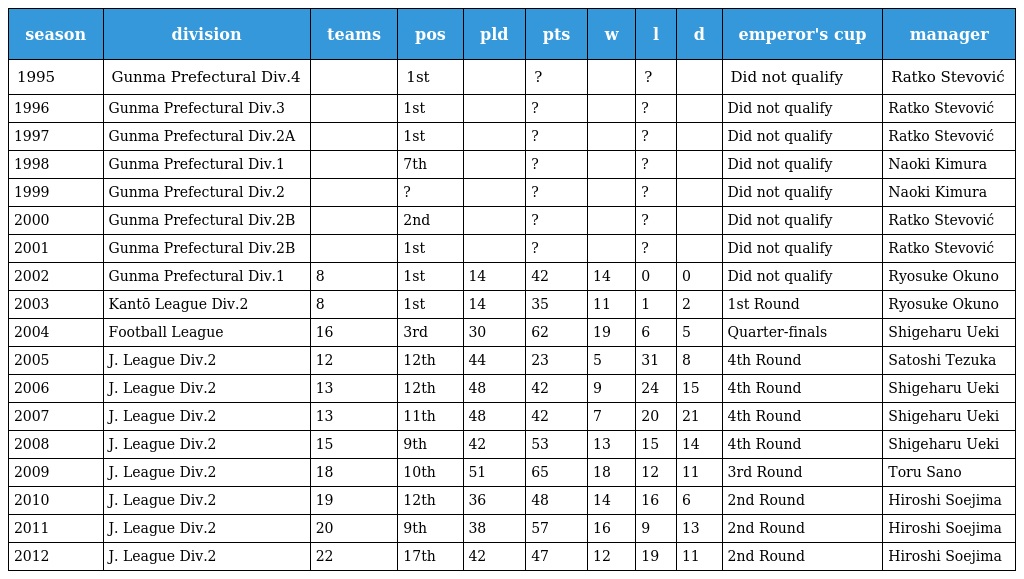
| season | division | teams | pos | pld | pts | w | l | d | emperor's cup | manager |
 | --- | --- | --- | --- | --- | --- | --- | --- | --- | --- | --- |
 | 1995 | Gunma Prefectural Div.4 |  | 1st |  | ? |  | ? |  | Did not qualify | Ratko Stevović |
 | 1996 | Gunma Prefectural Div.3 |  | 1st |  | ? |  | ? |  | Did not qualify | Ratko Stevović |
 | 1997 | Gunma Prefectural Div.2A |  | 1st |  | ? |  | ? |  | Did not qualify | Ratko Stevović |
 | 1998 | Gunma Prefectural Div.1 |  | 7th |  | ? |  | ? |  | Did not qualify | Naoki Kimura |
 | 1999 | Gunma Prefectural Div.2 |  | ? |  | ? |  | ? |  | Did not qualify | Naoki Kimura |
 | 2000 | Gunma Prefectural Div.2B |  | 2nd |  | ? |  | ? |  | Did not qualify | Ratko Stevović |
 | 2001 | Gunma Prefectural Div.2B |  | 1st |  | ? |  | ? |  | Did not qualify | Ratko Stevović |
 | 2002 | Gunma Prefectural Div.1 | 8 | 1st | 14 | 42 | 14 | 0 | 0 | Did not qualify | Ryosuke Okuno |
 | 2003 | Kantō League Div.2 | 8 | 1st | 14 | 35 | 11 | 1 | 2 | 1st Round | Ryosuke Okuno |
 | 2004 | Football League | 16 | 3rd | 30 | 62 | 19 | 6 | 5 | Quarter-finals | Shigeharu Ueki |
 | 2005 | J. League Div.2 | 12 | 12th | 44 | 23 | 5 | 31 | 8 | 4th Round | Satoshi Tezuka |
 | 2006 | J. League Div.2 | 13 | 12th | 48 | 42 | 9 | 24 | 15 | 4th Round | Shigeharu Ueki |
 | 2007 | J. League Div.2 | 13 | 11th | 48 | 42 | 7 | 20 | 21 | 4th Round | Shigeharu Ueki |
 | 2008 | J. League Div.2 | 15 | 9th | 42 | 53 | 13 | 15 | 14 | 4th Round | Shigeharu Ueki |
 | 2009 | J. League Div.2 | 18 | 10th | 51 | 65 | 18 | 12 | 11 | 3rd Round | Toru Sano |
 | 2010 | J. League Div.2 | 19 | 12th | 36 | 48 | 14 | 16 | 6 | 2nd Round | Hiroshi Soejima |
 | 2011 | J. League Div.2 | 20 | 9th | 38 | 57 | 16 | 9 | 13 | 2nd Round | Hiroshi Soejima |
 | 2012 | J. League Div.2 | 22 | 17th | 42 | 47 | 12 | 19 | 11 | 2nd Round | Hiroshi Soejima |